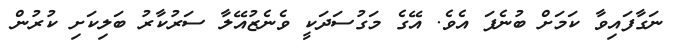
ނަގާފައިވާ ކަމަށް ބުނެފަ އެވެ. އޭގެ މަގުސަދަކީ ވެނެޒުއޭލާ ސަރުކާރު ބަލިކަށި ކުރުން